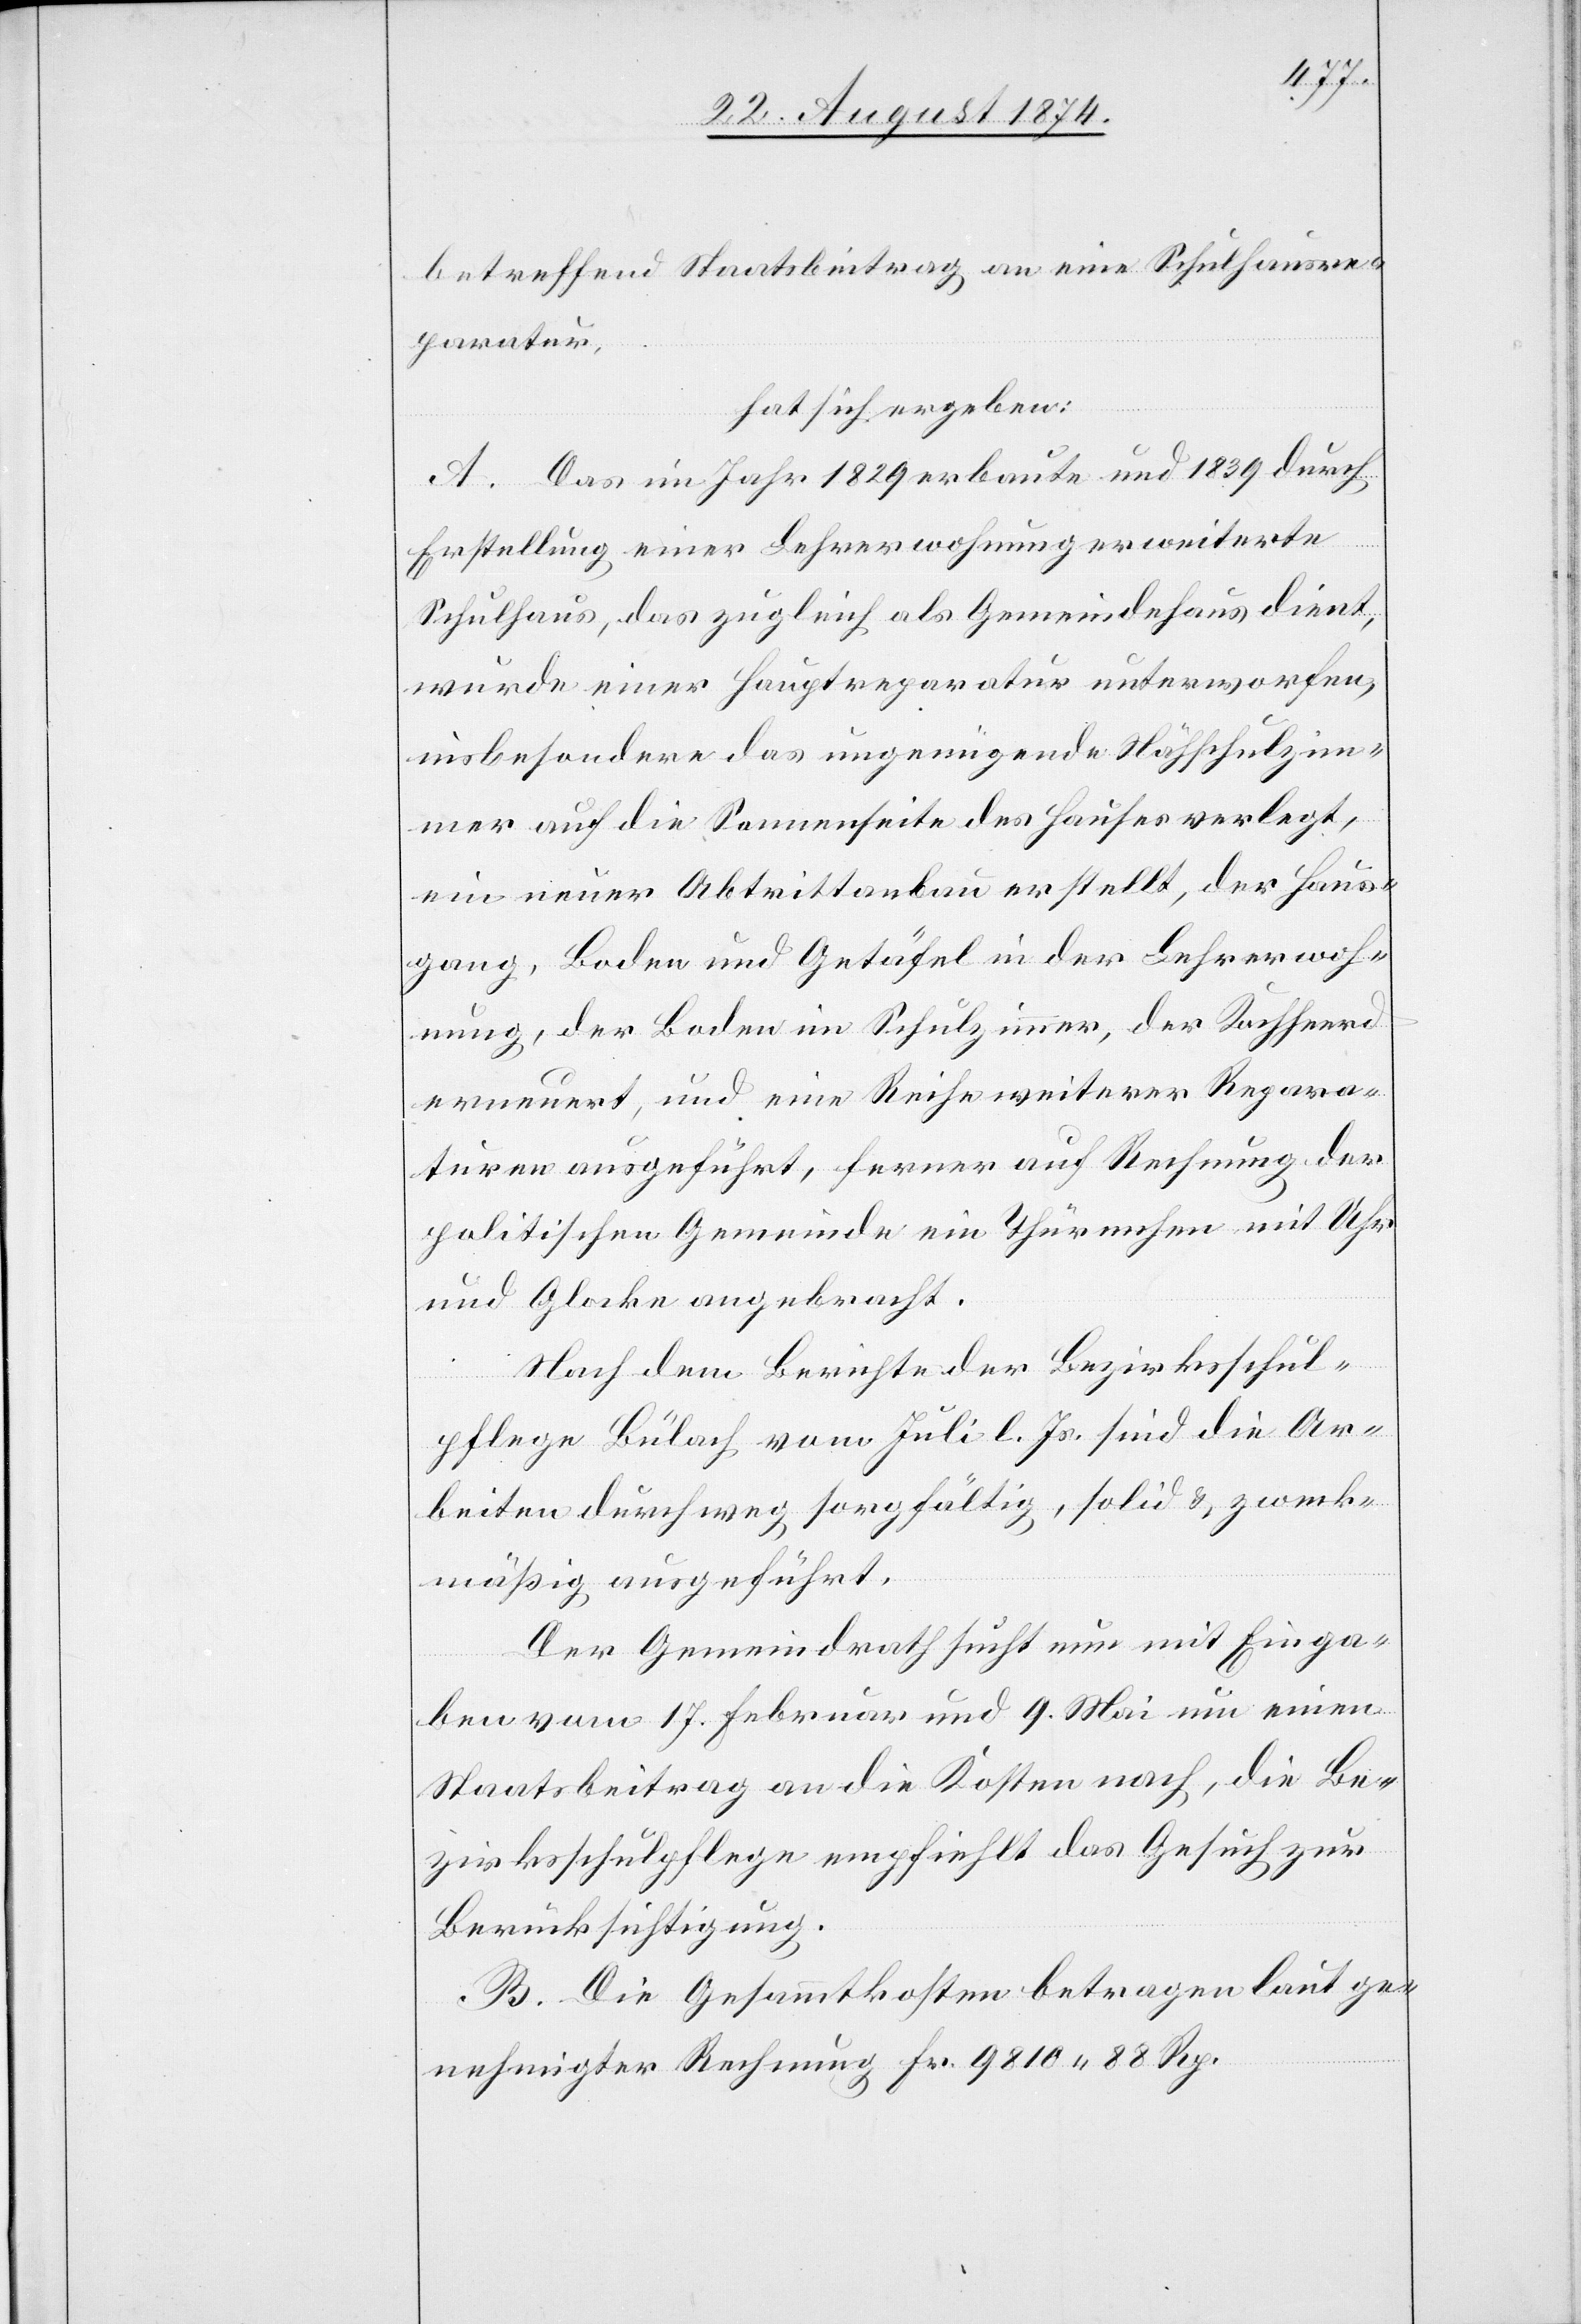
betreffend Staatsbeitrag an eine Schulhausre¬
paratur,
hat sich ergeben:
A. Das im Jahr 1829 erbaute und 1839 durch
Erstellung einer Lehrerwohnung erweiterte
Schulhaus, das zugleich als Gemeindehaus dient,
wurde einer Hauptreparatur unterworfen,
insbesondere das ungenügende Nähschulzim¬
mer auf die Sonnenseite des Hauses verlegt,
ein neuer Abtrittanbau erstellt, der Haus¬
gang, Boden und Getäfel in der Lehrerwoh¬
nung, der Boden im Schulzimmer, der Kochherd
erneuert, und eine Reihe weiterer Repara¬
turen ausgeführt, ferner auf Rechnung der
politischen Gemeinde ein Thürmchen mit Uhr
und Glocke angebracht.
Nach dem Berichte der Bezirksschul¬
pflege Bülach vom Juli d. Js. sind die Ar¬
beiten durchweg sorgfältig, solid u. zweck¬
mäßig ausgeführt.
Der Gemeindrath sucht nun mit Einga¬
ben vom 17. Februar und 9. Mai um einen
Staatsbeitrag an die Kosten nach, die Be¬
zirksschulpflege empfiehlt das Gesuch zur
Berücksichtigung.
B. Die Gesammtkosten betragen laut ge¬
nehmigter Rechnung Fr. 9810.88 Rp.